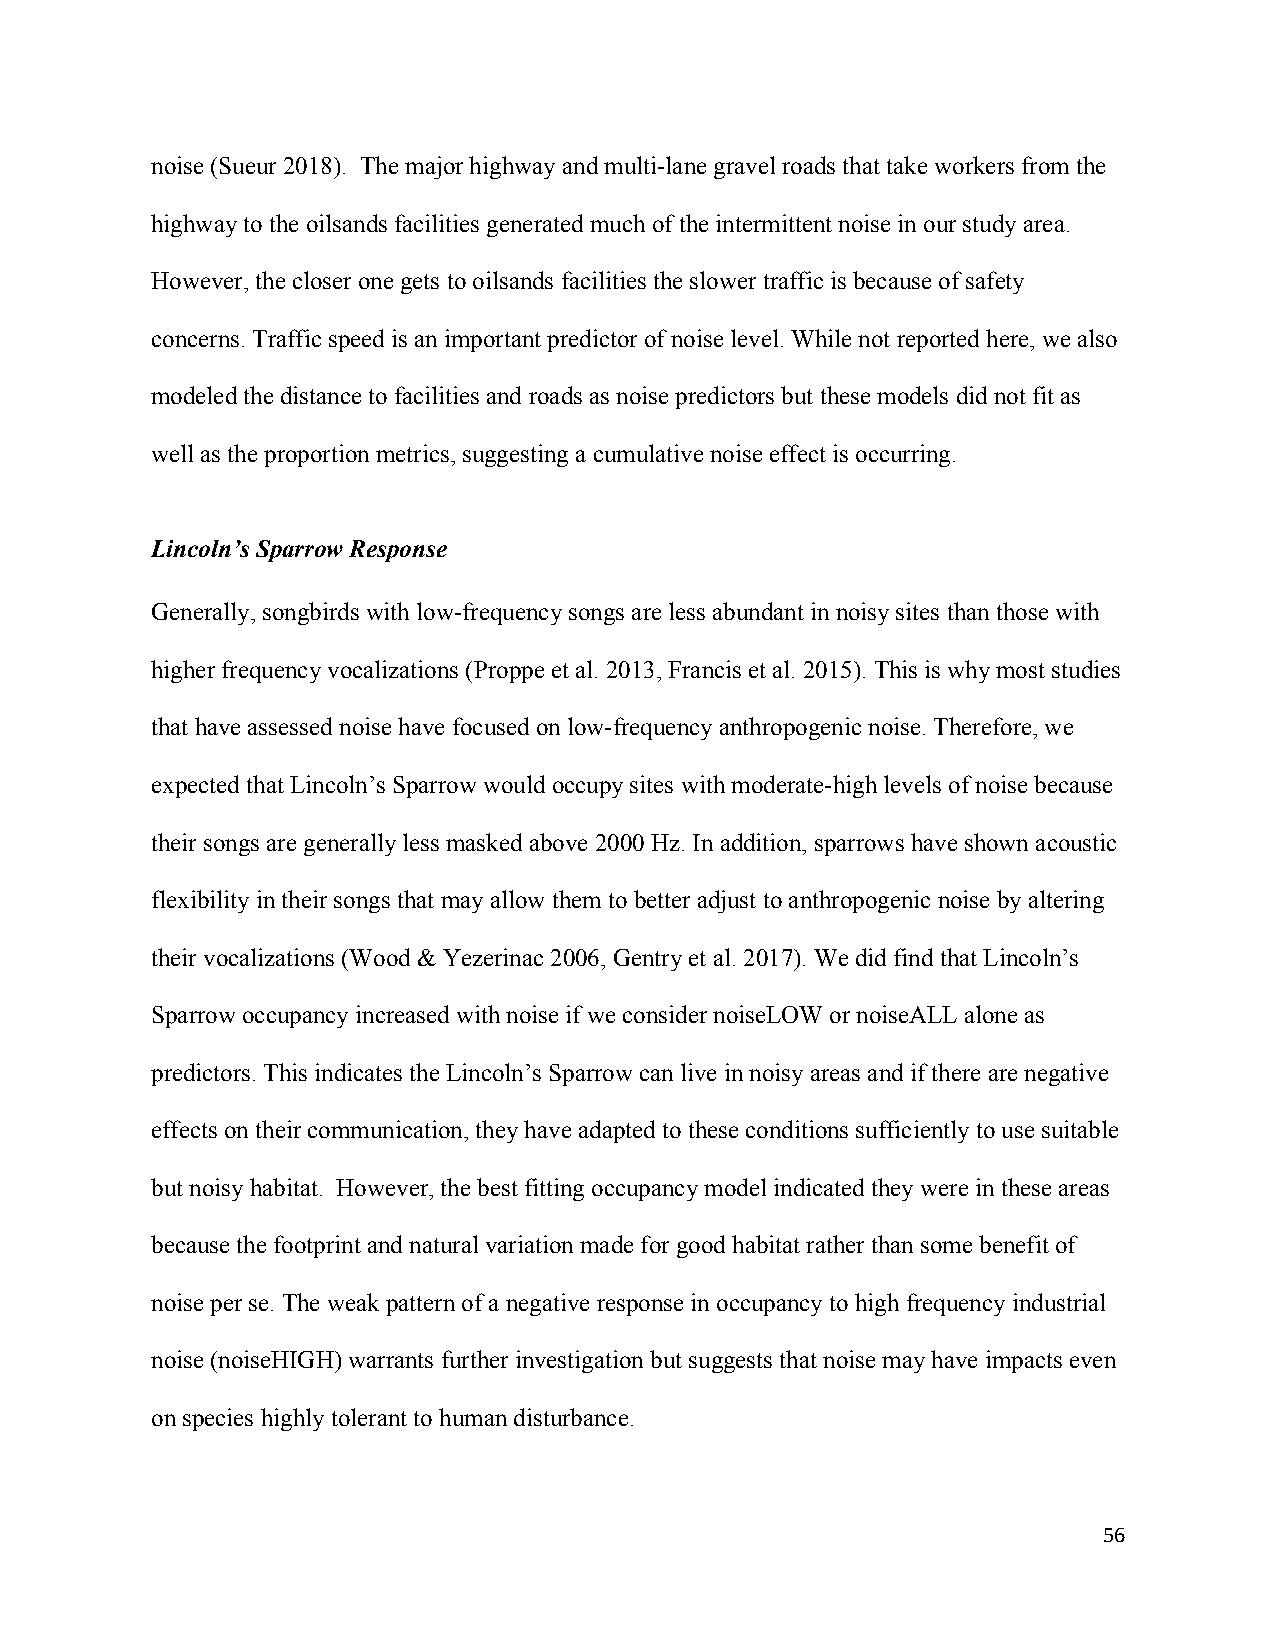
noise (Sueur 2018). The major highway and multi-lane gravel roads that take workers from the
 highway to the oilsands facilities generated much of the intermittent noise in our study area.
 However, the closer one gets to oilsands facilities the slower traffic is because of safety
 concerns. Traffic speed is an important predictor of noise level. While not reported here, we also
 modeled the distance to facilities and roads as noise predictors but these models did not fit as
 well as the proportion metrics, suggesting a cumulative noise effect is occurring.
 Lincoln’s Sparrow Response
 Generally, songbirds with low-frequency songs are less abundant in noisy sites than those with
 higher frequency vocalizations (Proppe et al. 2013, Francis et al. 2015). This is why most studies
 that have assessed noise have focused on low-frequency anthropogenic noise. Therefore, we
 expected that Lincoln’s Sparrow would occupy sites with moderate-high levels of noise because
 their songs are generally less masked above 2000 Hz. In addition, sparrows have shown acoustic
 flexibility in their songs that may allow them to better adjust to anthropogenic noise by altering
 their vocalizations (Wood & Yezerinac 2006, Gentry et al. 2017). We did find that Lincoln’s
 Sparrow occupancy increased with noise if we consider noiseLOW or noiseALL alone as
 predictors. This indicates the Lincoln’s Sparrow can live in noisy areas and if there are negative
 effects on their communication, they have adapted to these conditions sufficiently to use suitable
 but noisy habitat. However, the best fitting occupancy model indicated they were in these areas
 because the footprint and natural variation made for good habitat rather than some benefit of
 noise per se. The weak pattern of a negative response in occupancy to high frequency industrial
 noise (noiseHIGH) warrants further investigation but suggests that noise may have impacts even
 on species highly tolerant to human disturbance.
 56